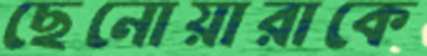
ছেনোয়ারাকে